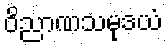
ဝိညာဏသမုဒယံ